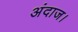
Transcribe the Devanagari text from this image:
अंदाज।